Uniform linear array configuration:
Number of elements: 64
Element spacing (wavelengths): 1
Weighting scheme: hann
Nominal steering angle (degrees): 60
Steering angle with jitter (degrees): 59.966
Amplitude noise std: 0.05
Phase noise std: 0.05

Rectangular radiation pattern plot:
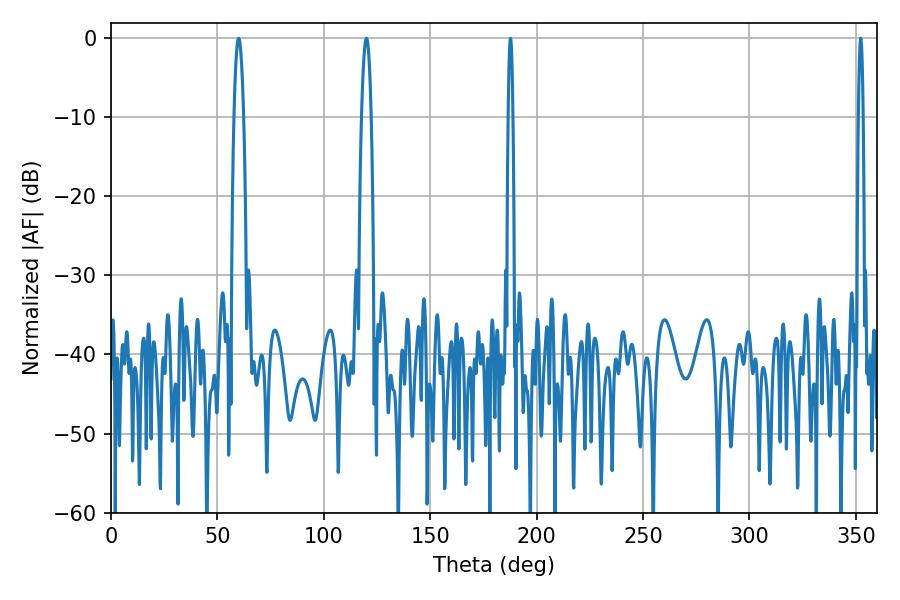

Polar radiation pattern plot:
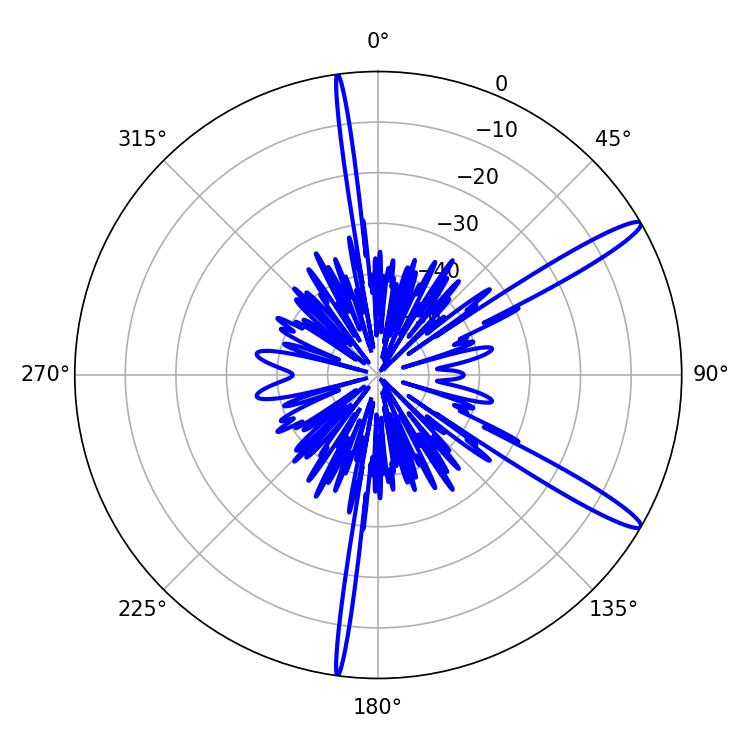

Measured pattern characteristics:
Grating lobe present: TRUE
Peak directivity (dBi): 14.2
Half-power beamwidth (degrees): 2.34
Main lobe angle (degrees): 59.94